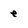
Character: e